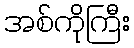
အစ်ကိုကြီး